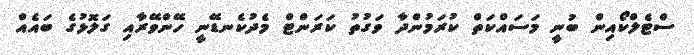
ސްޓެލްކޯއިން ބުނީ މަސައްކަތް ކުރަމުންދާ ވަގުތު ކަރަންޓް މެދުކެނޑޭނީ ހޭންވޭރާއި ގަލޮޅުގެ ބައެއް